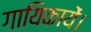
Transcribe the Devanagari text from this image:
गायिकायें।